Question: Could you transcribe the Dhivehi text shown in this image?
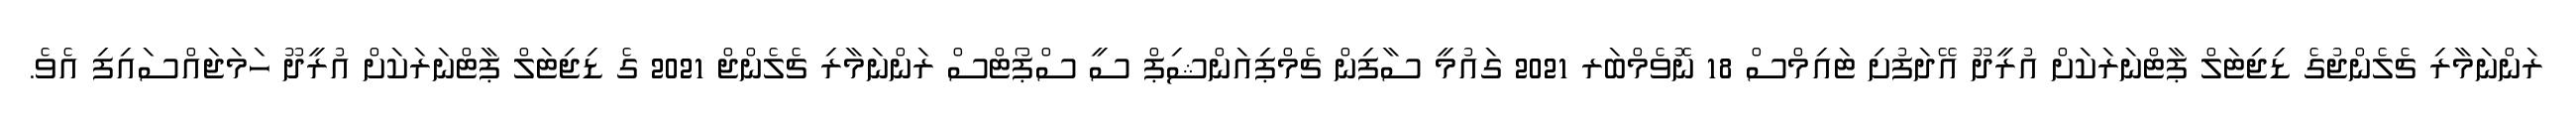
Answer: ރަންނަމާރި ޗެލެންޖުގެ ޑިޖިޓަލް ޕާޓްނަރަކަށް އުރީދޫ އޭދަފުށި ޓައިމްސް 18 ނޮވެމްބަރ 2021 ގައުމީ ސާފިން ޗެމްޕިއަންޝިޕް ސީ ސްޕޯޓްސް ރަންނަމާރި ޗެލެންޖް 2021 ގެ ޑިޖިޓަލް ޕާޓްނަރަކަށް އުރީދޫ ހަމަޖައްސައިފި އެވެ.